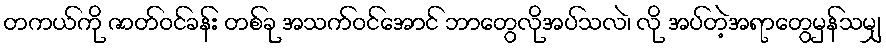
တကယ်ကို ဇာတ်ဝင်ခန်း တစ်ခု အသက်ဝင်အောင် ဘာတွေလိုအပ်သလဲ၊ လို အပ်တဲ့အရာတွေမှန်သမျှ